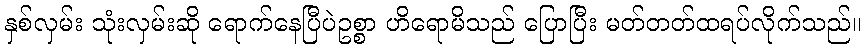
နှစ်လှမ်း သုံးလှမ်းဆို ရောက်နေပြီပဲဥစ္စာ ဟိရောမိသည် ပြောပြီး မတ်တတ်ထရပ်လိုက်သည်။